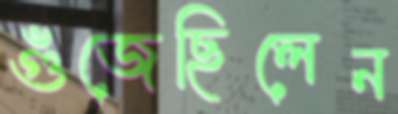
গুঁজেছিলেন